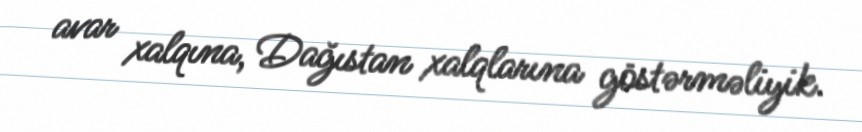
avar xalqına, Dağıstan xalqlarına göstərməliyik.